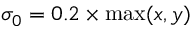
\sigma _ { 0 } = 0 . 2 \times \operatorname* { m a x } ( x , y )